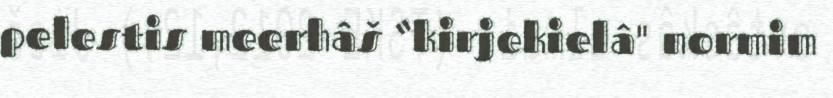
pelestis meerhâš “kirjekielâ" normim